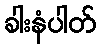
ခါးနံပါတ်